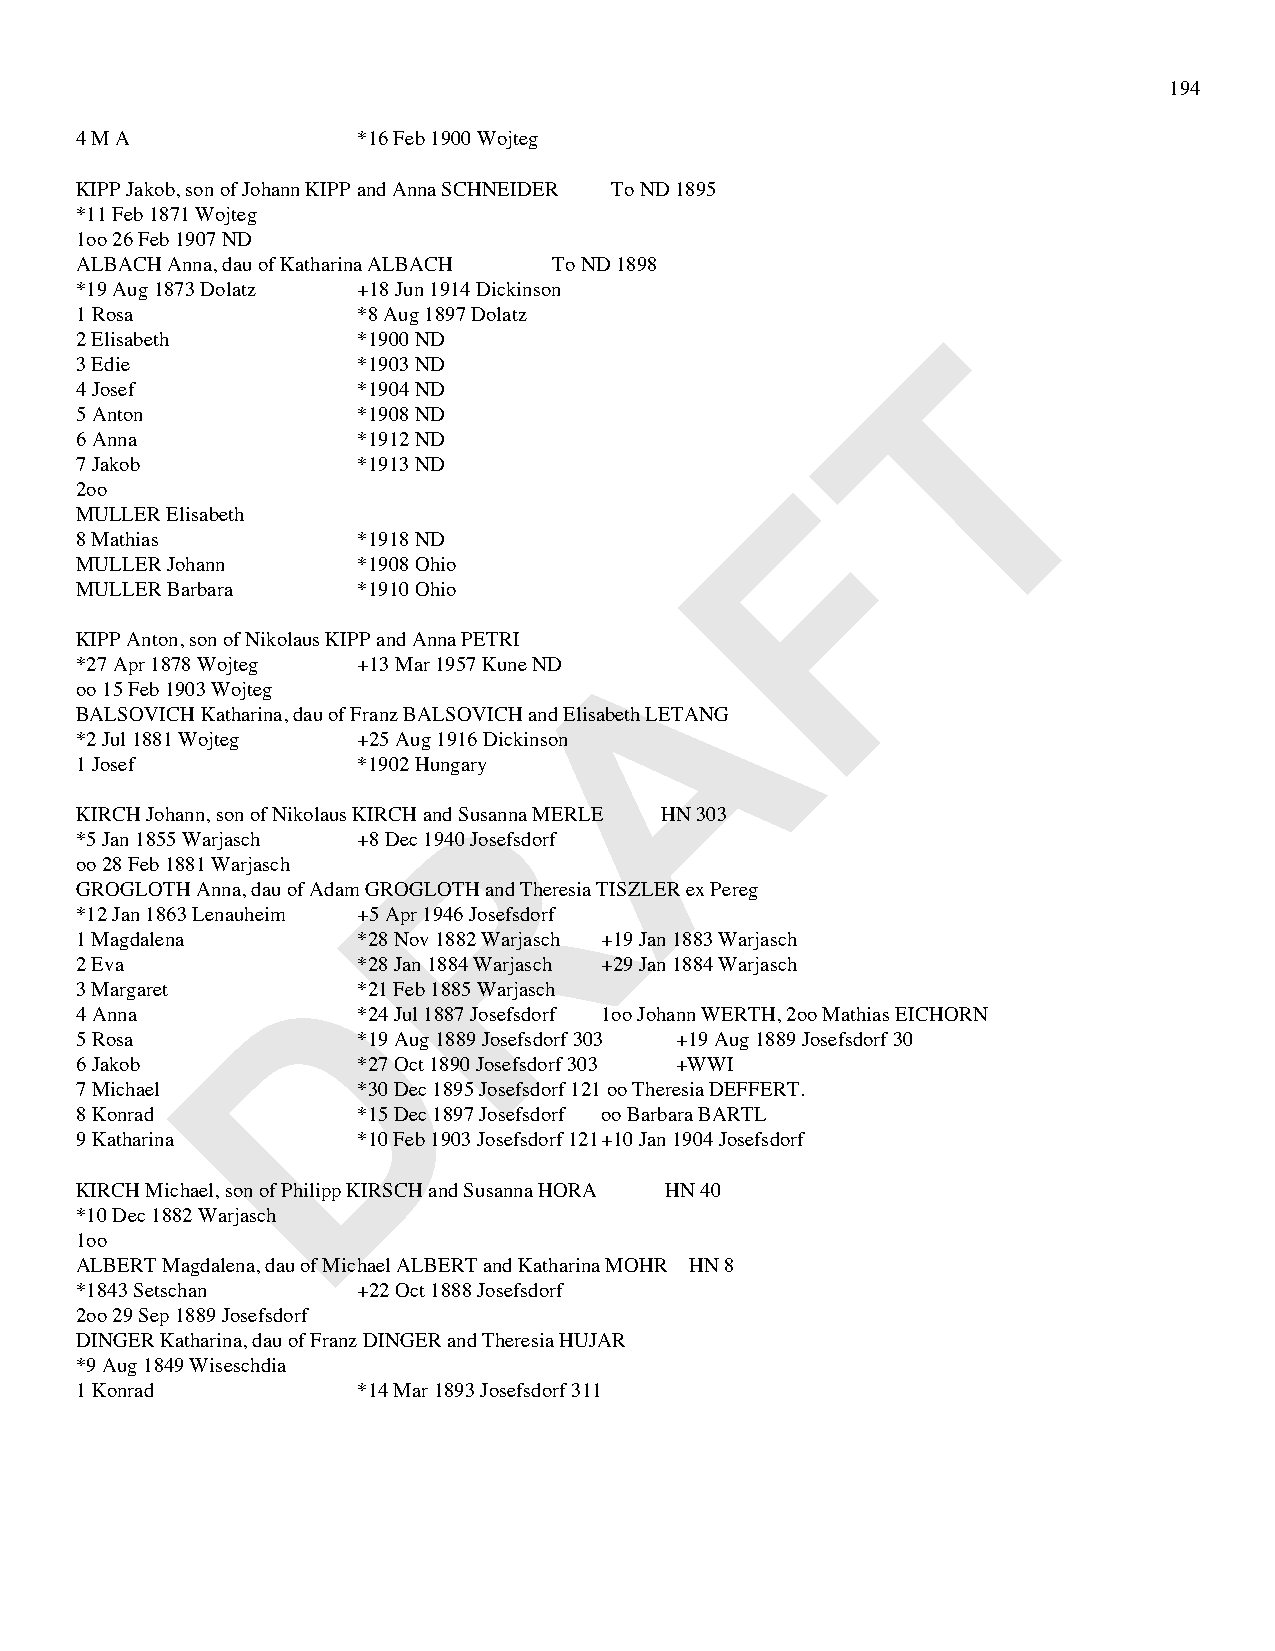
194
 4 M A              *16 Feb 1900 Wojteg
 KIPP Jakob, son of Johann KIPP and Anna SCHNEIDER To ND 1895
 *11 Feb 1871 Wojteg
 1oo 26 Feb 1907 ND
 ALBACH Anna, dau of Katharina ALBACH To ND 1898
 *19 Aug 1873 Dolatz +18 Jun 1914 Dickinson
 1 Rosa             *8 Aug 1897 Dolatz
 T
 2 Elisabeth        *1900 ND
 3 Edie             *1903 ND
 4 Josef            *1904 ND
 5 Anton            *1908 ND
 6 Anna             *1912 ND
 7 Jakob            *1913 ND                    F
 2oo
 MULLER Elisabeth
 8 Mathias          *1918 ND
 MULLER Johann      *1908 Ohio
 MULLER Barbara     *1910 Ohio
 A
 KIPP Anton, son of Nikolaus KIPP and Anna PETRI
 *27 Apr 1878 Wojteg +13 Mar 1957 Kune ND
 oo 15 Feb 1903 Wojteg
 BALSOVICH Katharina, dau of Franz BALSOVICH and Elisabeth LETANG
 *2 Jul 1881 Wojteg +25 Aug 1916 Dickinson
 1 Josef            *1902 Hungary
 R
 KIRCH Johann, son of Nikolaus KIRCH and Susanna MERLE HN 303
 *5 Jan 1855 Warjasch +8 Dec 1940 Josefsdorf
 oo 28 Feb 1881 Warjasch
 GROGLOTH Anna, dau of Adam GROGLOTH and Theresia TISZLER ex Pereg
 *12 Jan 1863 Lenauheim +5 Apr 1946 Josefsdorf
 1 Magdalena        *28 Nov 1882 Warjasch +19 Jan 1883 Warjasch
 D
 2 Eva              *28 Jan 1884 Warjasch +29 Jan 1884 Warjasch
 3 Margaret         *21 Feb 1885 Warjasch
 4 Anna             *24 Jul 1887 Josefsdorf 1oo Johann WERTH, 2oo Mathias EICHORN
 5 Rosa             *19 Aug 1889 Josefsdorf 303 +19 Aug 1889 Josefsdorf 30
 6 Jakob            *27 Oct 1890 Josefsdorf 303 +WWI
 7 Michael          *30 Dec 1895 Josefsdorf 121 oo Theresia DEFFERT.
 8 Konrad           *15 Dec 1897 Josefsdorf oo Barbara BARTL
 9 Katharina        *10 Feb 1903 Josefsdorf 121 +10 Jan 1904 Josefsdorf
 KIRCH Michael, son of Philipp KIRSCH and Susanna HORA HN 40
 *10 Dec 1882 Warjasch
 1oo
 ALBERT Magdalena, dau of Michael ALBERT and Katharina MOHR HN 8
 *1843 Setschan     +22 Oct 1888 Josefsdorf
 2oo 29 Sep 1889 Josefsdorf
 DINGER Katharina, dau of Franz DINGER and Theresia HUJAR
 *9 Aug 1849 Wiseschdia
 1 Konrad           *14 Mar 1893 Josefsdorf 311